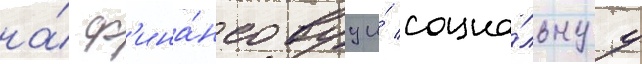
на́ ф'ина́нсовуу и́ социа́льнуу